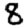
Digit: 8